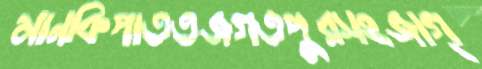
মানকিপাততজগতপুরসহজাগ্